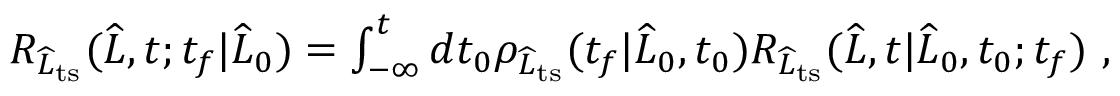
\begin{array} { r } { R _ { \widehat { L } _ { \mathrm { t s } } } ( \widehat { L } , t ; t _ { f } | \widehat { L } _ { 0 } ) = \int _ { - \infty } ^ { t } d t _ { 0 } \rho _ { \widehat { L } _ { \mathrm { t s } } } ( t _ { f } | \widehat { L } _ { 0 } , t _ { 0 } ) R _ { \widehat { L } _ { \mathrm { t s } } } ( \widehat { L } , t | \widehat { L } _ { 0 } , t _ { 0 } ; t _ { f } ) \ , } \end{array}